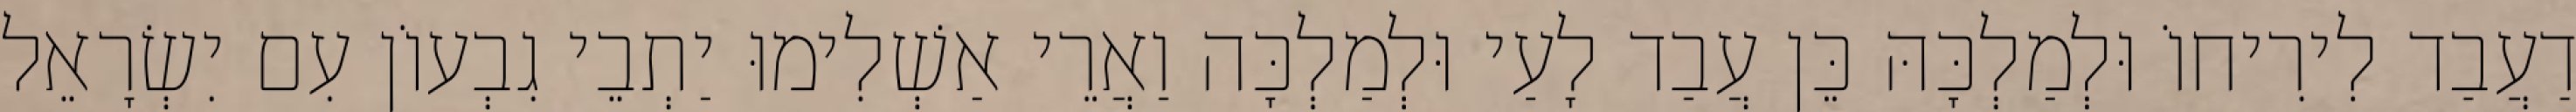
דַעֲבַד לִירִיחוֹ וּלְמַלְכָּהּ כֵּן עֲבַד לָעַי וּלְמַלְכָּה וַאֲרֵי אַשְׁלִימוּ יַתְבֵי גִבְעוֹן עִם יִשְׂרָאֵל